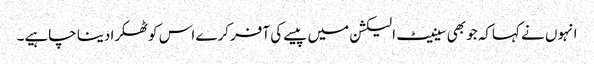
انہوں نے کہاکہ جو بھی سینیٹ الیکشن میں پیسے کی آفر کرے اس کوٹھکرا دینا چاہیے۔